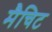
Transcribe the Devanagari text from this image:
मैचिट